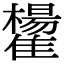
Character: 𩁒